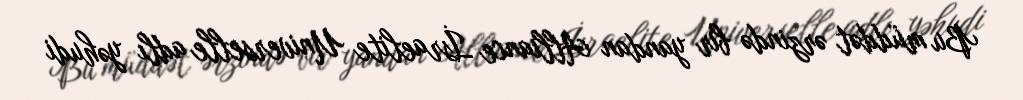
Bu müddət ərzində bir yandan Alliance İsraelite Universelle adlı yəhudi